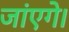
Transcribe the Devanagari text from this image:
जांएगे।